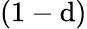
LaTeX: (1-\mathrm{d})